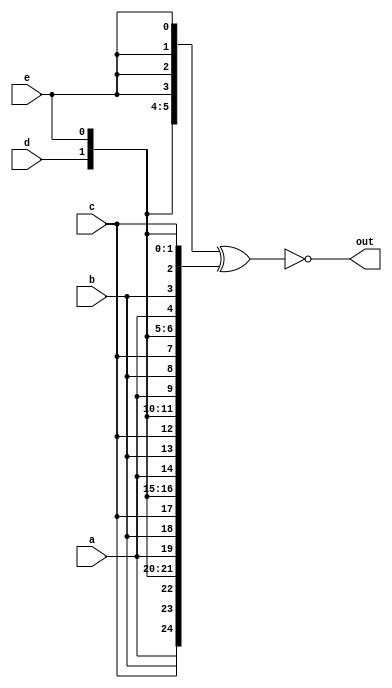
module top_module (
    input                   a,
    input                   b,
    input                   c,
    input                   d,
    input                   e,
    output      [24 : 0]    out
);

    wire        [24 : 0]    vector_1;
    wire        [24 : 0]    vector_2;

    assign vector_1 = { {5{a}}, {5{b}}, {5{c}}, {5{d}}, {5{e}} };
    assign vector_2 = { 5{ { a, b, c, d, e} } };

    assign out = ~(vector_1 ^ vector_2);

endmodule